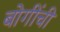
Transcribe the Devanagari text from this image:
बोगींची